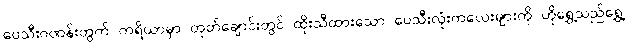
ပေသီးဂဏန်းတွက် ကရိယာမှာ တုတ်ချောင်းတွင် ထိုးသီထားသော ပေသီးလုံးကလေးများကို ဟိုရွှေ့သည်ရွှေ့